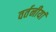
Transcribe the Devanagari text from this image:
वर्तनीयां